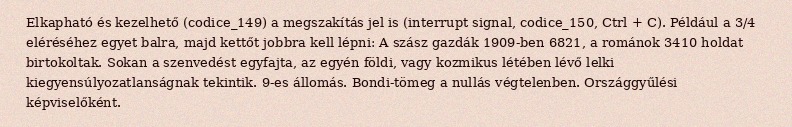
Elkapható és kezelhető (codice_149) a megszakítás jel is (interrupt signal, codice_150, Ctrl + C). Például a 3/4 eléréséhez egyet balra, majd kettőt jobbra kell lépni: A szász gazdák 1909-ben 6821, a románok 3410 holdat birtokoltak. Sokan a szenvedést egyfajta, az egyén földi, vagy kozmikus létében lévő lelki kiegyensúlyozatlanságnak tekintik. 9-es állomás. Bondi-tömeg a nullás végtelenben. Országgyűlési képviselőként.